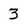
Character: 3